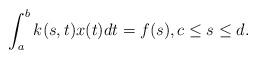
LaTeX: \begin{align*}\int_a^b k(s,t)x(t)dt = f(s), c\leq s\leq d.\end{align*}